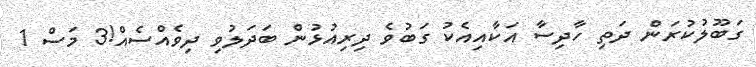
ގަބޫލުކުރަން ދަތި ހާދިސާ އަކާއިއެކު ގަބުވެ ދިރިއުޅުން ބަދަލުވި ދިވެއްސެއް!3 މަސް 1